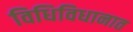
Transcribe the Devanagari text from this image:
विधिविधानात